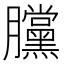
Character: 𣎲